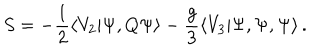
S = - \frac { 1 } { 2 } \langle V _ { 2 } | \Psi , Q \Psi \rangle - \frac { g } { 3 } \langle V _ { 3 } | \Psi , \Psi , \Psi \rangle \, .